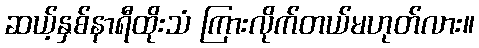
ဆယ့်နှစ်နာရီထိုးသံ ကြားလိုက်တယ်မဟုတ်လား။